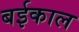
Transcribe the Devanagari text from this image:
बईकाल